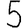
Digit: 5